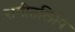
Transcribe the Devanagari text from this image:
संगीतलिपि